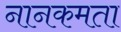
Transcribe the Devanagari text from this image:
नानकमता